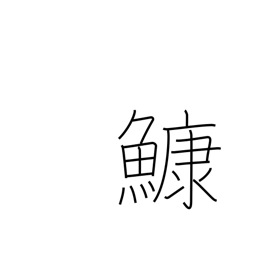
Meaning: anglerfish